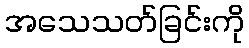
အသေသတ်ခြင်းကို